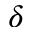
\delta